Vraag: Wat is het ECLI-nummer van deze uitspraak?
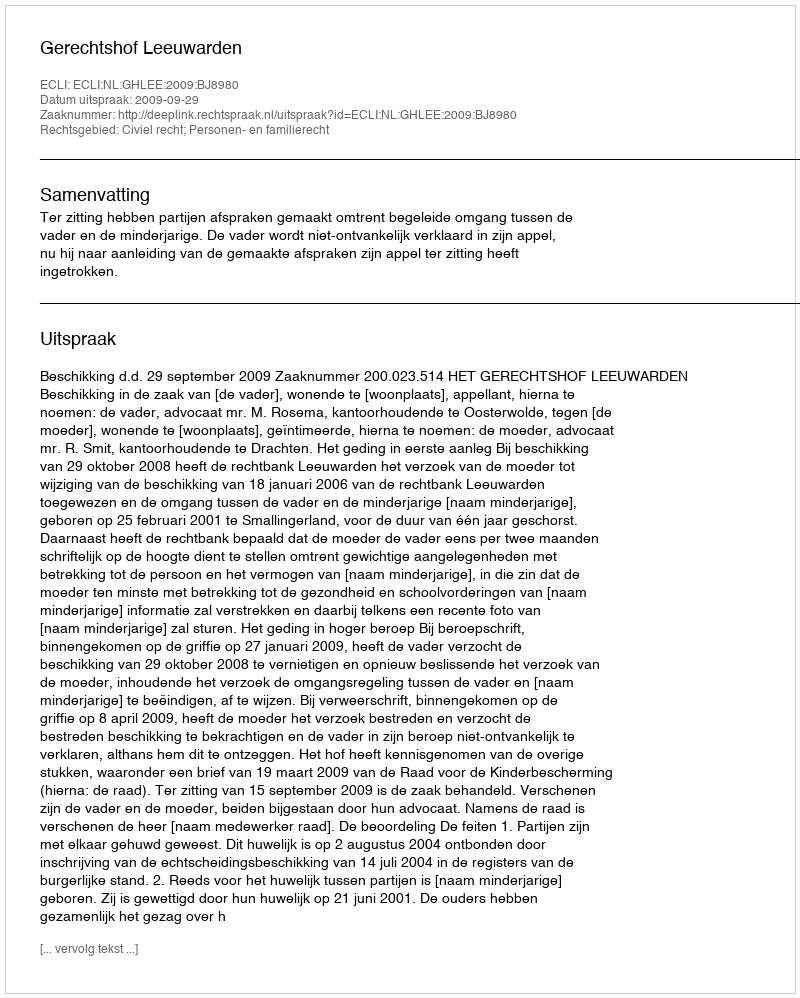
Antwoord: ECLI:NL:GHLEE:2009:BJ8980